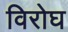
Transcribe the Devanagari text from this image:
विरोघ